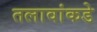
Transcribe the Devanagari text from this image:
तलावांकडे